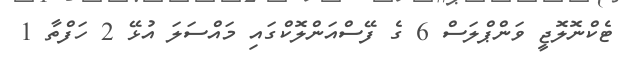
ޓެކްނޮލޮޖީ ވަންޕްލަސް 6 ގެ ފޭސްއަންލޮކްގައި މައްސަލަ އުޅޭ 2 ހަފްތާ 1